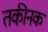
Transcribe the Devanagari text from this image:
तकीनक